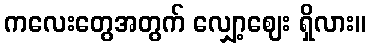
ကလေးတွေအတွက် လျှော့ဈေး ရှိလား။